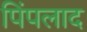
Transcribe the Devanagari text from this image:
पिंपलाद